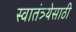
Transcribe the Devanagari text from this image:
स्वातंत्र्येसाठी